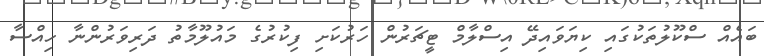
ބައެއް ސްކޫލުތަކުގައި ކިޔަވައިދޭ އިސްލާމް ޓީޗަރުން ހަރުކަށި ފިކުރުގެ މައުލޫމާތު ދަރިވަރުންނާ ހިއްސާ